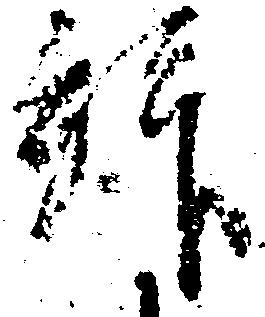
拝